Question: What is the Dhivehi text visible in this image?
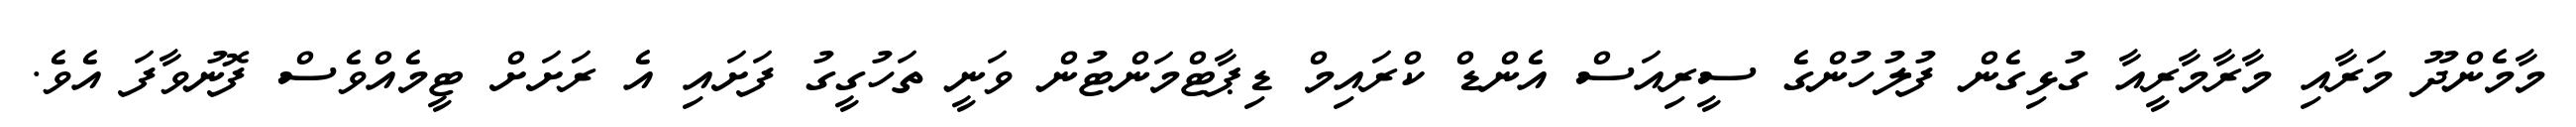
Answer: މާމެންދޫ މަރާއި މާރާމާރީއާ ގުޅިގެން ފުލުހުންގެ ސީރިއަސް އެންޑް ކްރައިމް ޑިޕާޓްމަންޓުން ވަނީ ތަހުގީގު ފަށައި އެ ރަށަށް ޓީމެއްވެސް ފޮނުވާފަ އެވެ.